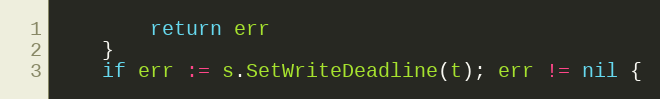
Language: Go
		return err
	}
	if err := s.SetWriteDeadline(t); err != nil {